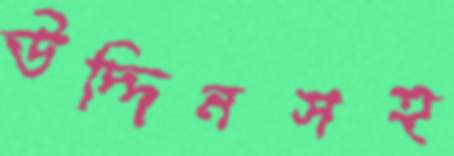
উদ্দিনসহ